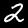
Label: 2